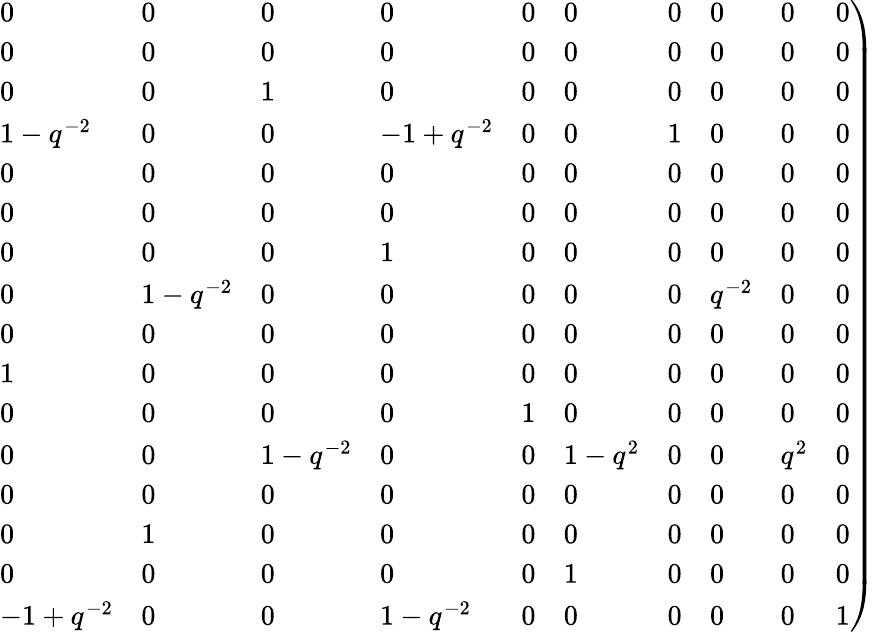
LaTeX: \left.\begin{array}{llllllllll}{{0}}&{{0}}&{{0}}&{{0}}&{{0}}&{{0}}&{{0}}&{{0}}&{{0}}&{{0}}\\ {{0}}&{{0}}&{{0}}&{{0}}&{{0}}&{{0}}&{{0}}&{{0}}&{{0}}&{{0}}\\ {{0}}&{{0}}&{{1}}&{{0}}&{{0}}&{{0}}&{{0}}&{{0}}&{{0}}&{{0}}\\ {{1-q^{-2}}}&{{0}}&{{0}}&{{-1+{q^{-2}}}}&{{0}}&{{0}}&{{1}}&{{0}}&{{0}}&{{0}}\\ {{0}}&{{0}}&{{0}}&{{0}}&{{0}}&{{0}}&{{0}}&{{0}}&{{0}}&{{0}}\\ {{0}}&{{0}}&{{0}}&{{0}}&{{0}}&{{0}}&{{0}}&{{0}}&{{0}}&{{0}}\\ {{0}}&{{0}}&{{0}}&{{1}}&{{0}}&{{0}}&{{0}}&{{0}}&{{0}}&{{0}}\\ {{0}}&{{1-q^{-2}}}&{{0}}&{{0}}&{{0}}&{{0}}&{{0}}&{{{q^{-2}}}}&{{0}}&{{0}}\\ {{0}}&{{0}}&{{0}}&{{0}}&{{0}}&{{0}}&{{0}}&{{0}}&{{0}}&{{0}}\\ {{1}}&{{0}}&{{0}}&{{0}}&{{0}}&{{0}}&{{0}}&{{0}}&{{0}}&{{0}}\\ {{0}}&{{0}}&{{0}}&{{0}}&{{1}}&{{0}}&{{0}}&{{0}}&{{0}}&{{0}}\\ {{0}}&{{0}}&{{1-{q^{-2}}}}&{{0}}&{{0}}&{{1-{q^{2}}}}&{{0}}&{{0}}&{{{q^{2}}}}&{{0}}\\ {{0}}&{{0}}&{{0}}&{{0}}&{{0}}&{{0}}&{{0}}&{{0}}&{{0}}&{{0}}\\ {{0}}&{{1}}&{{0}}&{{0}}&{{0}}&{{0}}&{{0}}&{{0}}&{{0}}&{{0}}\\ {{0}}&{{0}}&{{0}}&{{0}}&{{0}}&{{1}}&{{0}}&{{0}}&{{0}}&{{0}}\\ {{-1+q^{-2}}}&{{0}}&{{0}}&{{1-{q^{-2}}}}&{{0}}&{{0}}&{{0}}&{{0}}&{{0}}&{{1}}\end{array}\right)